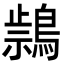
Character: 𪃚